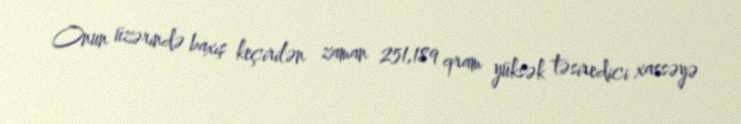
Onun üzərində baxış keçirilən zaman 251,189 qram yüksək təsiredici xassəyə